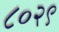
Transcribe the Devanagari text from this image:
८०२९